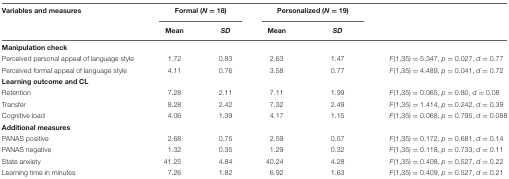
<table><thead><tr><td><b>Variables and measures</b></td><td colspan="2"><b>Formal (<i>N</i> = 18)</b></td><td colspan="2"><b>Personalized (<i>N</i> = 19)</b></td><td></td></tr><tr><td></td><td><b>Mean</b></td><td><b><i>SD</i></b></td><td><b>Mean</b></td><td><b><i>SD</i></b></td><td></td></tr></thead><tbody><tr><td><b>Manipulation check</b></td><td></td><td></td><td></td><td></td><td></td></tr><tr><td>Perceived personal appeal of language style</td><td>1.72</td><td>0.83</td><td>2.63</td><td>1.47</td><td><i>F</i>(1,35) = 5.347, <i>p</i> = 0.027, <i>d</i> = 0.77</td></tr><tr><td>Perceived formal appeal of language style</td><td>4.11</td><td>0.76</td><td>3.58</td><td>0.77</td><td><i>F</i>(1,35) = 4.489, <i>p</i> = 0.041, <i>d</i> = 0.72</td></tr><tr><td><b>Learning outcome and CL</b></td><td></td><td></td><td></td><td></td><td></td></tr><tr><td>Retention</td><td>7.28</td><td>2.11</td><td>7.11</td><td>1.99</td><td><i>F</i>(1,35) = 0.065, <i>p</i> = 0.80, <i>d</i> = 0.08</td></tr><tr><td>Transfer</td><td>8.28</td><td>2.42</td><td>7.32</td><td>2.49</td><td><i>F</i>(1,35) = 1.414, <i>p</i> = 0.242, <i>d</i> = 0.39</td></tr><tr><td>Cognitive load</td><td>4.06</td><td>1.39</td><td>4.17</td><td>1.15</td><td><i>F</i>(1,35) = 0.068, <i>p</i> = 0.795, <i>d</i> = 0.088</td></tr><tr><td><b>Additional measures</b></td><td></td><td></td><td></td><td></td><td></td></tr><tr><td>PANAS positive</td><td>2.68</td><td>0.75</td><td>2.59</td><td>0.57</td><td><i>F</i>(1,35) = 0.172, <i>p</i> = 0.681, <i>d</i> = 0.14</td></tr><tr><td>PANAS negative</td><td>1.32</td><td>0.35</td><td>1.29</td><td>0.32</td><td><i>F</i>(1,35) = 0.118, <i>p</i> = 0.733, <i>d</i> = 0.11</td></tr><tr><td>State anxiety</td><td>41.25</td><td>4.84</td><td>40.24</td><td>4.28</td><td><i>F</i>(1,35) = 0.408, <i>p</i> = 0.527, <i>d</i> = 0.22</td></tr><tr><td>Learning time in minutes</td><td>7.26</td><td>1.82</td><td>6.92</td><td>1.63</td><td><i>F</i>(1,35) = 0.409, <i>p</i> = 0.527, <i>d</i> = 0.21</td></tr></tbody></table>